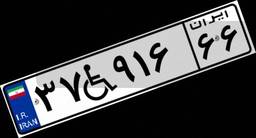
۵۶W۷۹۳۹۶